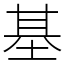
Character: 基